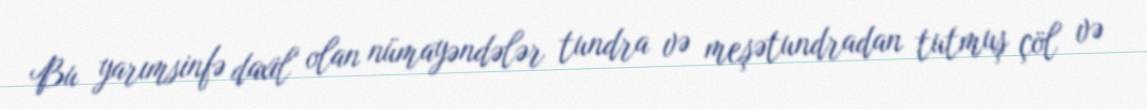
Bu yarımsinfə daxil olan nümayəndələr tundra və meşətundradan tutmuş çöl və